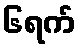
၆ရက်